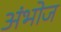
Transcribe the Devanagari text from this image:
अंभोज